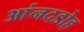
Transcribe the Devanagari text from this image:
आंनदडोह